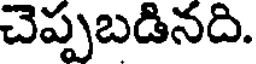
చెప్పబడినది.